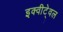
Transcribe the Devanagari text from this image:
इक्वीटे्वल